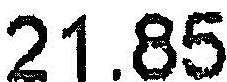
21.85